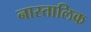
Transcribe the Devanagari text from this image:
नास्तालिक